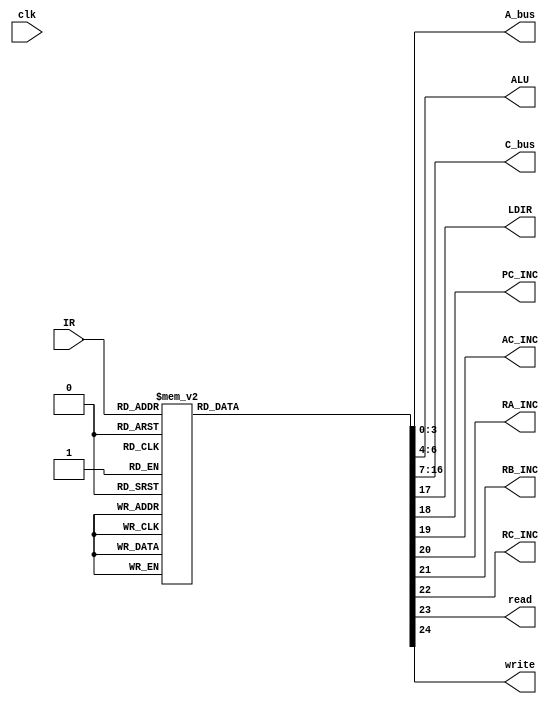

module state_machine (
    input clk,
    input [5:0] IR,
    output reg [3:0] A_bus,
    output reg [2:0] ALU,
    output reg [9:0] C_bus,
    output reg LDIR,
    output reg PC_INC,
    output reg AC_INC,
    output reg RA_INC,
    output reg RB_INC,
    output reg RC_INC,
    output reg read,
    output reg write

);


always @(IR) begin
    case (IR)
    //FETCH1
        6'b000001: begin
            A_bus <= 4'b1010;
            ALU <= 3'b011;
            C_bus <= 10'b0000000010;
            LDIR <= 0;
            PC_INC <= 0;
            AC_INC <= 0;
            RA_INC <= 0;
            RB_INC <= 0;
            RC_INC <= 0;
            read <= 1;
            write <= 0;
        end
    //FETCH2
        6'b000010: begin
            A_bus <= 4'b1111;
            ALU <= 3'b111;
            C_bus <= 10'b0000000000;
            LDIR <= 0;
            PC_INC <= 1;
            AC_INC <= 0;
            RA_INC <= 0;
            RB_INC <= 0;
            RC_INC <= 0;
            read <= 1;
            write <= 0;
        end
    //FETCH3
        6'b000011: begin
            A_bus <= 4'b1010;
            ALU <= 3'b011;
            C_bus <= 10'b0000000010;
            LDIR <= 1;
            PC_INC <= 0;
            AC_INC <= 0;
            RA_INC <= 0;
            RB_INC <= 0;
            RC_INC <= 0;
            read <= 1;
            write <= 0;
        end
    //LDAC1
        6'b000100: begin
            A_bus <= 4'b1111;
            ALU <= 3'b111;
            C_bus <= 10'b0000000000;
            LDIR <= 0;
            PC_INC <= 1;
            AC_INC <= 0;
            RA_INC <= 0;
            RB_INC <= 0;
            RC_INC <= 0;
            read <= 1;
            write <= 0;
        end
    //LDAC2
        6'b000101: begin
            A_bus <= 4'b0110;
            ALU <= 3'b011;
            C_bus <= 10'b0000000010;
            LDIR <= 0;
            PC_INC <= 0;
            AC_INC <= 0;
            RA_INC <= 0;
            RB_INC <= 0;
            RC_INC <= 0;
            read <= 1;
            write <= 0;
        end
    //LDAC3
        6'b000110: begin
            A_bus <= 4'b1111;
            ALU <= 3'b111;
            C_bus <= 10'b0000000000;
            LDIR <= 0;
            PC_INC <= 0;
            AC_INC <= 0;
            RA_INC <= 0;
            RB_INC <= 0;
            RC_INC <= 0;
            read <= 1;
            write <= 0;
        end
    //LDAC4
        6'b000111: begin
            A_bus <= 4'b0110;
            ALU <= 3'b011;
            C_bus <= 10'b0000000001;
            LDIR <= 0;
            PC_INC <= 0;
            AC_INC <= 0;
            RA_INC <= 0;
            RB_INC <= 0;
            RC_INC <= 0;
            read <= 0;
            write <= 0;
        end
    //STAC1
        6'b001000: begin
            A_bus <= 4'b1111;
            ALU <= 3'b111;
            C_bus <= 10'b0000000000;
            LDIR <= 0;
            PC_INC <= 1;
            AC_INC <= 0;
            RA_INC <= 0;
            RB_INC <= 0;
            RC_INC <= 0;
            read <= 1;
            write <= 0;
        end
    //STAC2
        6'b001001: begin
            A_bus <= 4'b0110;
            ALU <= 3'b011;
            C_bus <= 10'b0000000010;
            LDIR <= 0;
            PC_INC <= 0;
            AC_INC <= 0;
            RA_INC <= 0;
            RB_INC <= 0;
            RC_INC <= 0;
            read <= 0;
            write <= 0;
        end
    //STAC3
        6'b001010: begin
            A_bus <= 4'b1001;
            ALU <= 3'b011;
            C_bus <= 10'b0000000100;
            LDIR <= 0;
            PC_INC <= 0;
            AC_INC <= 0;
            RA_INC <= 0;
            RB_INC <= 0;
            RC_INC <= 0;
            read <= 0;
            write <= 1;
        end
    //STAC4
        6'b001011: begin
            A_bus <= 4'b1111;
            ALU <= 3'b111;
            C_bus <= 10'b0000000000;
            LDIR <= 0;
            PC_INC <= 0;
            AC_INC <= 0;
            RA_INC <= 0;
            RB_INC <= 0;
            RC_INC <= 0;
            read <= 0;
            write <= 1;
        end
    //LDRA1
        6'b001100: begin
            A_bus <= 4'b1111;
            ALU <= 3'b111;
            C_bus <= 10'b0000000000;
            LDIR <= 0;
            PC_INC <= 1;
            AC_INC <= 0;
            RA_INC <= 0;
            RB_INC <= 0;
            RC_INC <= 0;
            read <= 1;
            write <= 0;
        end
    //LDRA2
        6'b001101: begin
            A_bus <= 4'b0110;
            ALU <= 3'b011;
            C_bus <= 10'b0100000000;
            LDIR <= 0;
            PC_INC <= 0;
            AC_INC <= 0;
            RA_INC <= 0;
            RB_INC <= 0;
            RC_INC <= 0;
            read <= 0;
            write <= 0;
        end
    //LDRB1
        6'b001110: begin
            A_bus <= 4'b1111;
            ALU <= 3'b111;
            C_bus <= 10'b0000000000;
            LDIR <= 0;
            PC_INC <= 1;
            AC_INC <= 0;
            RA_INC <= 0;
            RB_INC <= 0;
            RC_INC <= 0;
            read <= 1;
            write <= 0;
        end
    //LDRB2
        6'b001111: begin
            A_bus <= 4'b0110;
            ALU <= 3'b011;
            C_bus <= 10'b0010000000;
            LDIR <= 0;
            PC_INC <= 0;
            AC_INC <= 0;
            RA_INC <= 0;
            RB_INC <= 0;
            RC_INC <= 0;
            read <= 0;
            write <= 0;
        end
    //LDRC1
        6'b010000: begin
            A_bus <= 4'b1111;
            ALU <= 3'b111;
            C_bus <= 10'b0000000000;
            LDIR <= 0;
            PC_INC <= 1;
            AC_INC <= 0;
            RA_INC <= 0;
            RB_INC <= 0;
            RC_INC <= 0;
            read <= 1;
            write <= 0;
        end
    //LDRC2
        6'b010001: begin
            A_bus <= 4'b0110;
            ALU <= 3'b011;
            C_bus <= 10'b0001000000;
            LDIR <= 0;
            PC_INC <= 0;
            AC_INC <= 0;
            RA_INC <= 0;
            RB_INC <= 0;
            RC_INC <= 0;
            read <= 0;
            write <= 0;
        end
    //LDACRA1
        6'b010010: begin
            A_bus <= 4'b0000;
            ALU <= 3'b011;
            C_bus <= 10'b0000000010;
            LDIR <= 0;
            PC_INC <= 0;
            AC_INC <= 0;
            RA_INC <= 0;
            RB_INC <= 0;
            RC_INC <= 0;
            read <= 1;
            write <= 0;
        end
    //LDACRA2
        6'b010011: begin
            A_bus <= 4'b1111;
            ALU <= 3'b111;
            C_bus <= 10'b0000000000;
            LDIR <= 0;
            PC_INC <= 0;
            AC_INC <= 0;
            RA_INC <= 0;
            RB_INC <= 0;
            RC_INC <= 0;
            read <= 1;
            write <= 0;
        end
    //LDACRA3
        6'b010100: begin
            A_bus <= 4'b0110;
            ALU <= 3'b011;
            C_bus <= 10'b0000000001;
            LDIR <= 0;
            PC_INC <= 0;
            AC_INC <= 0;
            RA_INC <= 0;
            RB_INC <= 0;
            RC_INC <= 0;
            read <= 0;
            write <= 0;
        end
    //LDACRB1
        6'b010101: begin
            A_bus <= 4'b0001;
            ALU <= 3'b011;
            C_bus <= 10'b0000000010;
            LDIR <= 0;
            PC_INC <= 0;
            AC_INC <= 0;
            RA_INC <= 0;
            RB_INC <= 0;
            RC_INC <= 0;
            read <= 1;
            write <= 0;
        end
    //LDACRB2
        6'b010110: begin
            A_bus <= 4'b1111;
            ALU <= 3'b111;
            C_bus <= 10'b0000000000;
            LDIR <= 0;
            PC_INC <= 0;
            AC_INC <= 0;
            RA_INC <= 0;
            RB_INC <= 0;
            RC_INC <= 0;
            read <= 1;
            write <= 0;
        end
    //LDACRB3
        6'b010111: begin
            A_bus <= 4'b0110;
            ALU <= 3'b011;
            C_bus <= 10'b0000000001;
            LDIR <= 0;
            PC_INC <= 0;
            AC_INC <= 0;
            RA_INC <= 0;
            RB_INC <= 0;
            RC_INC <= 0;
            read <= 0;
            write <= 0;
        end
    //LDACRC1
        6'b011000: begin
            A_bus <= 4'b0010;
            ALU <= 3'b011;
            C_bus <= 10'b0000000010;
            LDIR <= 0;
            PC_INC <= 0;
            AC_INC <= 0;
            RA_INC <= 0;
            RB_INC <= 0;
            RC_INC <= 0;
            read <= 1;
            write <= 0;
        end
    //LDACRC2
        6'b011001: begin
            A_bus <= 4'b1111;
            ALU <= 3'b111;
            C_bus <= 10'b0000000000;
            LDIR <= 0;
            PC_INC <= 0;
            AC_INC <= 0;
            RA_INC <= 0;
            RB_INC <= 0;
            RC_INC <= 0;
            read <= 1;
            write <= 0;
        end
    //LDACRC3
        6'b011010: begin
            A_bus <= 4'b0110;
            ALU <= 3'b011;
            C_bus <= 10'b0000000001;
            LDIR <= 0;
            PC_INC <= 0;
            AC_INC <= 0;
            RA_INC <= 0;
            RB_INC <= 0;
            RC_INC <= 0;
            read <= 0;
            write <= 0;
        end
    //STACRA1
        6'b011011: begin
            A_bus <= 4'b0000;
            ALU <= 3'b011;
            C_bus <= 10'b0000000010;
            LDIR <= 0;
            PC_INC <= 0;
            AC_INC <= 0;
            RA_INC <= 0;
            RB_INC <= 0;
            RC_INC <= 0;
            read <= 0;
            write <= 0;
        end
    //STACRA2
        6'b011100: begin
            A_bus <= 4'b1001;
            ALU <= 3'b011;
            C_bus <= 10'b0000000100;
            LDIR <= 0;
            PC_INC <= 0;
            AC_INC <= 0;
            RA_INC <= 0;
            RB_INC <= 0;
            RC_INC <= 0;
            read <= 0;
            write <= 1;
        end
    //STACRA3
        6'b011101: begin
            A_bus <= 4'b1111;
            ALU <= 3'b111;
            C_bus <= 10'b0000000000;
            LDIR <= 0;
            PC_INC <= 0;
            AC_INC <= 0;
            RA_INC <= 0;
            RB_INC <= 0;
            RC_INC <= 0;
            read <= 0;
            write <= 1;
        end
    //STACRB1
        6'b011110: begin
            A_bus <= 4'b0001;
            ALU <= 3'b011;
            C_bus <= 10'b0000000010;
            LDIR <= 0;
            PC_INC <= 0;
            AC_INC <= 0;
            RA_INC <= 0;
            RB_INC <= 0;
            RC_INC <= 0;
            read <= 0;
            write <= 0;
        end
    //STACRB2
        6'b011111: begin
            A_bus <= 4'b1001;
            ALU <= 3'b011;
            C_bus <= 10'b0000000100;
            LDIR <= 0;
            PC_INC <= 0;
            AC_INC <= 0;
            RA_INC <= 0;
            RB_INC <= 0;
            RC_INC <= 0;
            read <= 0;
            write <= 1;
        end
    //STACRB3
        6'b100000: begin
            A_bus <= 4'b1111;
            ALU <= 3'b111;
            C_bus <= 10'b0000000000;
            LDIR <= 0;
            PC_INC <= 0;
            AC_INC <= 0;
            RA_INC <= 0;
            RB_INC <= 0;
            RC_INC <= 0;
            read <= 0;
            write <= 1;
        end
    //STACRC1
        6'b100001: begin
            A_bus <= 4'b0010;
            ALU <= 3'b011;
            C_bus <= 10'b0000000010;
            LDIR <= 0;
            PC_INC <= 0;
            AC_INC <= 0;
            RA_INC <= 0;
            RB_INC <= 0;
            RC_INC <= 0;
            read <= 0;
            write <= 0;
        end
    //STACRC2
        6'b100010: begin
            A_bus <= 4'b1001;
            ALU <= 3'b011;
            C_bus <= 10'b0000000100;
            LDIR <= 0;
            PC_INC <= 0;
            AC_INC <= 0;
            RA_INC <= 0;
            RB_INC <= 0;
            RC_INC <= 0;
            read <= 0;
            write <= 1;
        end
    //STACRC3
        6'b100011: begin
            A_bus <= 4'b1111;
            ALU <= 3'b111;
            C_bus <= 10'b0000000000;
            LDIR <= 0;
            PC_INC <= 0;
            AC_INC <= 0;
            RA_INC <= 0;
            RB_INC <= 0;
            RC_INC <= 0;
            read <= 0;
            write <= 1;
        end
    //MVACR1 1
        6'b100100: begin
            A_bus <= 4'b1001;
            ALU <= 3'b011;
            C_bus <= 10'b0000100000;
            LDIR <= 0;
            PC_INC <= 0;
            AC_INC <= 0;
            RA_INC <= 0;
            RB_INC <= 0;
            RC_INC <= 0;
            read <= 0;
            write <= 0;
        end
    //MVACR2 1
        6'b100101: begin
            A_bus <= 4'b1001;
            ALU <= 3'b011;
            C_bus <= 10'b0000010000;
            LDIR <= 0;
            PC_INC <= 0;
            AC_INC <= 0;
            RA_INC <= 0;
            RB_INC <= 0;
            RC_INC <= 0;
            read <= 0;
            write <= 0;
        end
    //MVACR3 1
        6'b100110: begin
            A_bus <= 4'b1001;
            ALU <= 3'b011;
            C_bus <= 10'b0000001000;
            LDIR <= 0;
            PC_INC <= 0;
            AC_INC <= 0;
            RA_INC <= 0;
            RB_INC <= 0;
            RC_INC <= 0;
            read <= 0;
            write <= 0;
        end
    //ADD1
        6'b100111: begin
            A_bus <= 4'b0011;
            ALU <= 3'b000;
            C_bus <= 10'b0000000001;
            LDIR <= 0;
            PC_INC <= 0;
            AC_INC <= 0;
            RA_INC <= 0;
            RB_INC <= 0;
            RC_INC <= 0;
            read <= 0;
            write <= 0;
        end
    //ADD2
        6'b101000: begin
            A_bus <= 4'b0100;
            ALU <= 3'b000;
            C_bus <= 10'b0000000001;
            LDIR <= 0;
            PC_INC <= 0;
            AC_INC <= 0;
            RA_INC <= 0;
            RB_INC <= 0;
            RC_INC <= 0;
            read <= 0;
            write <= 0;
        end
    //ADD3
        6'b101001: begin
            A_bus <= 4'b0101;
            ALU <= 3'b000;
            C_bus <= 10'b0000000001;
            LDIR <= 0;
            PC_INC <= 0;
            AC_INC <= 0;
            RA_INC <= 0;
            RB_INC <= 0;
            RC_INC <= 0;
            read <= 0;
            write <= 0;
        end
    //INCRA
        6'b101010: begin
            A_bus <= 4'b1111;
            ALU <= 3'b111;
            C_bus <= 10'b0000000000;
            LDIR <= 0;
            PC_INC <= 0;
            AC_INC <= 0;
            RA_INC <= 1;
            RB_INC <= 0;
            RC_INC <= 0;
            read <= 0;
            write <= 0;
        end
    //INCRB
        6'b101011: begin
            A_bus <= 4'b1111;
            ALU <= 3'b111;
            C_bus <= 10'b0000000000;
            LDIR <= 0;
            PC_INC <= 0;
            AC_INC <= 0;
            RA_INC <= 0;
            RB_INC <= 1;
            RC_INC <= 0;
            read <= 0;
            write <= 0;
        end
    //INCRC
        6'b101100: begin
            A_bus <= 4'b1111;
            ALU <= 3'b111;
            C_bus <= 10'b0000000000;
            LDIR <= 0;
            PC_INC <= 0;
            AC_INC <= 0;
            RA_INC <= 0;
            RB_INC <= 0;
            RC_INC <= 1;
            read <= 0;
            write <= 0;
        end
    //SUB1
        6'b101101: begin
            A_bus <= 4'b0011;
            ALU <= 3'b001;
            C_bus <= 10'b0000000001;
            LDIR <= 0;
            PC_INC <= 0;
            AC_INC <= 0;
            RA_INC <= 0;
            RB_INC <= 0;
            RC_INC <= 0;
            read <= 0;
            write <= 0;
        end
    //SUB2
        6'b101110: begin
            A_bus <= 4'b0100;
            ALU <= 3'b001;
            C_bus <= 10'b0000000001;
            LDIR <= 0;
            PC_INC <= 0;
            AC_INC <= 0;
            RA_INC <= 0;
            RB_INC <= 0;
            RC_INC <= 0;
            read <= 0;
            write <= 0;
        end
    //SUB3
        6'b101111: begin
            A_bus <= 4'b0101;
            ALU <= 3'b001;
            C_bus <= 10'b0000000001;
            LDIR <= 0;
            PC_INC <= 0;
            AC_INC <= 0;
            RA_INC <= 0;
            RB_INC <= 0;
            RC_INC <= 0;
            read <= 0;
            write <= 0;
        end
    //INAC
        6'b110000: begin
            A_bus <= 4'b1111;
            ALU <= 3'b111;
            C_bus <= 10'b0000000000;
            LDIR <= 0;
            PC_INC <= 0;
            AC_INC <= 1;
            RA_INC <= 0;
            RB_INC <= 0;
            RC_INC <= 0;
            read <= 0;
            write <= 0;
        end
    //MULT1
        6'b110001: begin
            A_bus <= 4'b0011;
            ALU <= 3'b010;
            C_bus <= 10'b0000000001;
            LDIR <= 0;
            PC_INC <= 0;
            AC_INC <= 0;
            RA_INC <= 0;
            RB_INC <= 0;
            RC_INC <= 0;
            read <= 0;
            write <= 0;
        end
    //MULT2
        6'b110010: begin
            A_bus <= 4'b0100;
            ALU <= 3'b010;
            C_bus <= 10'b0000000001;
            LDIR <= 0;
            PC_INC <= 0;
            AC_INC <= 0;
            RA_INC <= 0;
            RB_INC <= 0;
            RC_INC <= 0;
            read <= 0;
            write <= 0;
        end
    //MULT3
        6'b110011: begin
            A_bus <= 4'b0101;
            ALU <= 3'b010;
            C_bus <= 10'b0000000001;
            LDIR <= 0;
            PC_INC <= 0;
            AC_INC <= 0;
            RA_INC <= 0;
            RB_INC <= 0;
            RC_INC <= 0;
            read <= 0;
            write <= 0;
        end
    //JPNZY1
        6'b110100: begin
            A_bus <= 4'b1111;
            ALU <= 3'b111;
            C_bus <= 10'b0000000000;
            LDIR <= 0;
            PC_INC <= 0;
            AC_INC <= 0;
            RA_INC <= 0;
            RB_INC <= 0;
            RC_INC <= 0;
            read <= 1;
            write <= 0;
        end
    //JPNZY2
        6'b110101: begin
            A_bus <= 4'b0110;
            ALU <= 3'b011;
            C_bus <= 10'b1000000000;
            LDIR <= 0;
            PC_INC <= 0;
            AC_INC <= 0;
            RA_INC <= 0;
            RB_INC <= 0;
            RC_INC <= 0;
            read <= 0;
            write <= 0;
        end
    //JPNZN1
        6'b110110: begin
            A_bus <= 4'b1111;
            ALU <= 3'b111;
            C_bus <= 10'b0000000000;
            LDIR <= 0;
            PC_INC <= 1;
            AC_INC <= 0;
            RA_INC <= 0;
            RB_INC <= 0;
            RC_INC <= 0;
            read <= 0;
            write <= 0;
        end
    //CLAC1
        6'b110111: begin
            A_bus <= 4'b1111;
            ALU <= 3'b101;
            C_bus <= 10'b0000000001;
            LDIR <= 0;
            PC_INC <= 0;
            AC_INC <= 0;
            RA_INC <= 0;
            RB_INC <= 0;
            RC_INC <= 0;
            read <= 0;
            write <= 0;
        end
    //NOP
        6'b111000: begin
            A_bus <= 4'b1111;
            ALU <= 3'b111;
            C_bus <= 10'b0000000000;
            LDIR <= 0;
            PC_INC <= 0;
            AC_INC <= 0;
            RA_INC <= 0;
            RB_INC <= 0;
            RC_INC <= 0;
            read <= 0;
            write <= 0;
        end
    //ENDOP
        6'b111001: begin
            A_bus <= 4'b1111;
            ALU <= 3'b110;
            C_bus <= 10'b0000000000;
            LDIR <= 0;
            PC_INC <= 0;
            AC_INC <= 0;
            RA_INC <= 0;
            RB_INC <= 0;
            RC_INC <= 0;
            read <= 0;
            write <= 0;
        end
    //NOP
        default: begin
            A_bus <= 4'b1111;
            ALU <= 3'b111;
            C_bus <= 10'b0000000000;
            LDIR <= 0;
            PC_INC <= 0;
            AC_INC <= 0;
            RA_INC <= 0;
            RB_INC <= 0;
            RC_INC <= 0;
            read <= 0;
            write <= 0;
        end
    endcase
    
end
    
endmodule